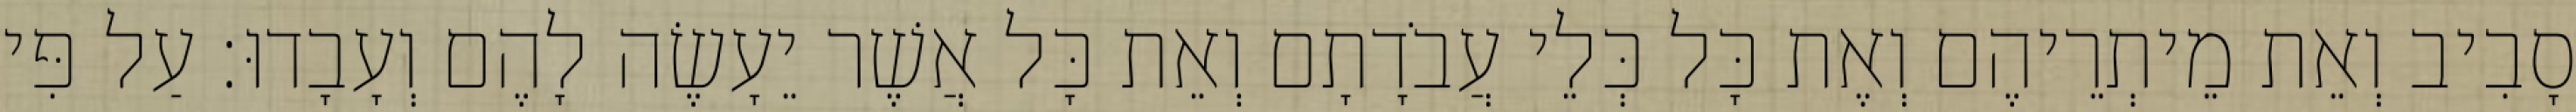
סָבִיב וְאֵת מֵיתְרֵיהֶם וְאֶת כָּל כְּלֵי עֲבֹדָתָם וְאֵת כָּל אֲשֶׁר יֵעָשֶׂה לָהֶם וְעָבָדוּ׃ עַל פִּי